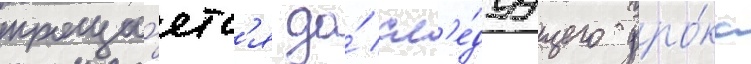
проща́етс'я до́ сл'е́дуущего уро́ка